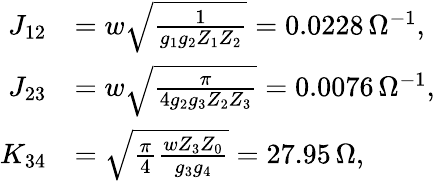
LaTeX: \begin{array}{rl}{J_{12}}&{=w\sqrt{\frac{1}{g_{1}g_{2}Z_{1}Z_{2}}}=0.0228\, \Omega^{-1},}\\ {J_{23}}&{=w\sqrt{\frac{\pi}{4g_{2}g_{3}Z_{2}Z_{3}}}=0.0076\, \Omega^{-1},}\\ {K_{34}}&{=\sqrt{\frac{\pi}{4}\frac{wZ_{3}Z_{0}}{g_{3}g_{4}}}=27.95\, \Omega,}\end{array}